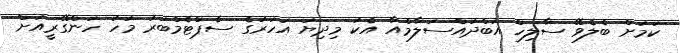
ކަމަށް ބެލެވޭ ސާލިހް އަބްދުއްސަލާމްއާ އެކު މިދިޔަ އަހަރުގެ ސެޕްޓެމްބަރު މަހު ހަންގޭރީއަށް